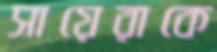
সায়েরাকে